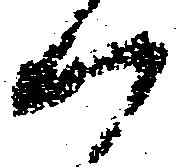
ハ